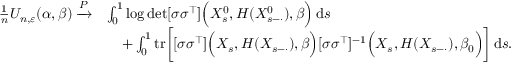
\begin{array} { r l } { \frac { 1 } { n } U _ { n , \varepsilon } ( \alpha , \beta ) \xrightarrow { P } } & { \int _ { 0 } ^ { 1 } \log \operatorname* { d e t } [ \sigma \sigma ^ { \top } ] \Bigl ( X _ { s } ^ { 0 } , H ( X _ { s - \cdot } ^ { 0 } ) , \beta \Bigr ) \, \mathrm { d } s } \\ & { \quad + \int _ { 0 } ^ { 1 } \mathrm { t r } \bigg [ [ \sigma \sigma ^ { \top } ] \Bigl ( X _ { s } , H ( X _ { s - \cdot } ) , \beta \Bigr ) [ \sigma \sigma ^ { \top } ] ^ { - 1 } \Bigl ( X _ { s } , H ( X _ { s - \cdot } ) , \beta _ { 0 } \Bigr ) \bigg ] \, \mathrm { d } s . } \end{array}